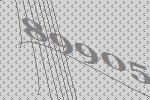
89905